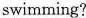
swimming?